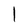
Character: I